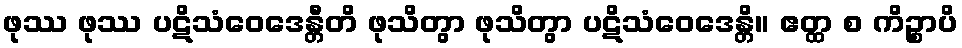
ဖုဿ ဖုဿ ပဋိသံဝေဒေန္တီတိ ဖုသိတွာ ဖုသိတွာ ပဋိသံဝေဒေန္တိ။ ဧတ္ထ စ ကိဉ္စာပိ